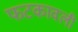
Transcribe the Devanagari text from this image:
फटकावली